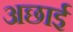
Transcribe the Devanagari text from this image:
अछाई